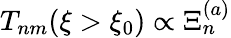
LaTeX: {T_{nm}(\xi>\xi_{0})\propto\Xi_{n}^{(a)}}